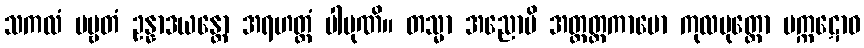
သကလံ ပဗ္ဗတံ ဥန္နာဒယန္တော အရဟတ္တံ ပါပုဏိ။ တသ္မာ အညောပိ အတ္တတ္ထကာမော ကုလပုတ္တော မက္ကဋောဝ